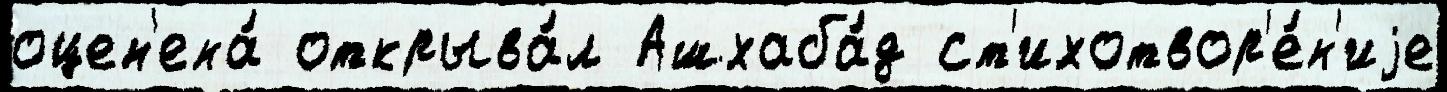
оцен'ена́ открыва́л Ашхаба́д ст'ихотвор'е́н'иjе